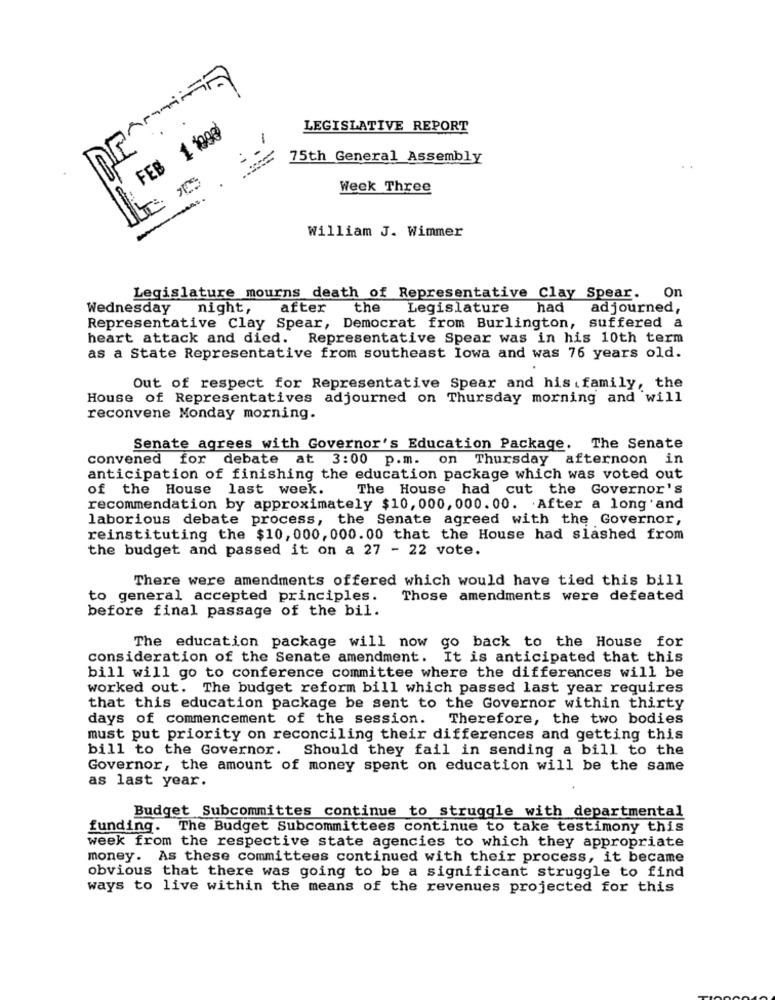
FEB 1 1998
LEGISLATIVE REPORT
75th General Assembly
Week Three
--
William J. Wimmer
Legislature mourns death of Representative Clay Spear. On
Wednesday
night,
after
the
Legislature
had
adjourned,
Representative Clay Spear, Democrat from Burlington, suffered a
heart attack and died. Representative Spear was in his 10th term
as a State Representative from southeast Iowa and was 76 years old.
Out of respect for Representative Spear and his family, the
House of Representatives adjourned on Thursday morning and will
reconvene Monday morning.
Senate agrees with Governor's Education Package. The Senate
convened for debate at 3:00 p.m. on Thursday afternoon in
anticipation of finishing the education package which was voted out
of the House last week.
The House had cut the Governor's
recommendation by approximately $10, 000, 000. 00. After a long and
laborious debate process, the Senate agreed with the Governor,
reinstituting the $10, 000, 000. 00 that the House had slashed from
the budget and passed it on a 27 - 22 vote.
There were amendments offered which would have tied this bill
to general accepted principles.
Those amendments were defeated
before final passage of the bil.
The education package will now
go back to the House for
consideration of the Senate amendment. It is anticipated that this
bill will go to conference committee where the differences will be
worked out. The budget reform bill which passed last year requires
that this education package be sent to the Governor within thirty
days of commencement of the session.
Therefore, the two bodies
must put priority on reconciling their differences and getting this
bill to the Governor. Should they fail in sending a bill to the
Governor, the amount of money spent on education will be the same
as last year.
Budget Subcommittes continue to struggle with departmental
funding. The Budget Subcommittees continue to take testimony this
week from the respective state agencies to which they appropriate
money. As these committees continued with their process, it became
obvious that there was going to be a significant struggle to find
ways to live within the means of the revenues projected for this